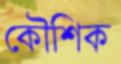
কৌশিক